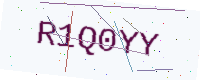
Text: R1Q0YY